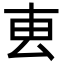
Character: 叀